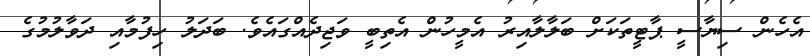
އެހެން ސިޔާސީ ޕާޓީތަކަށް ބަލާލާއިރު އެމީހުން އެތިބީ ވަޖިދެއްގައެވެ. ބަދަލު ހިފުމާއި ދަވާލުމުގެ